Rangoon Lunatic Asylum 1893-1897 - 1893-1897
Year: 1893
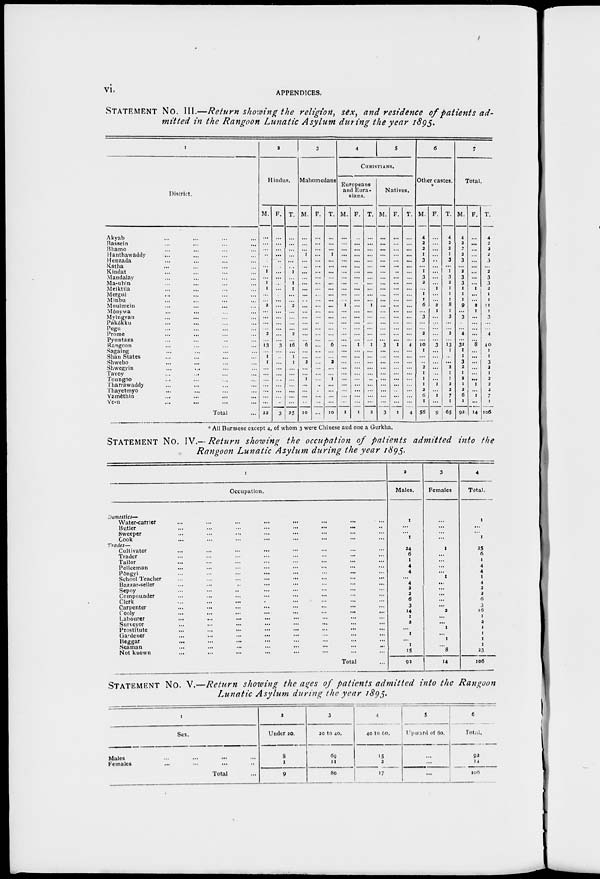
vi.
APPENDICES.
STATEMENT No. III.— Return showing the religion, sex, and residence of patients ad-
mitted in the Rangoon Lunatic Asylum during the year 1895.
1
District.
Akyab ... ... ... ...
Bassein ... ... ... ...
Bhamo ... ... ... ...
Hanthawaddy ... ... ... ...
Henzada ... ... ... ...
Katha ... ... ... ...
Kindat ... ... ... ...
Mandalay ... ... ... ...
Ma-ubin ... ... ... ...
Meiktila ... ... ... ...
Mergni ... ... ... ...
Minbu ... ... ... ...
Moulmein ... ... ... ...
Mônywa ... ... ... ...
Myingyan ... ... ... ...
Pakôkku ... ... ... ...
Pegu ... ... ... ...
Prome ... ... ... ...
Pyuntaza ... ... ... ...
Rangoon ... ... ... ...
Sagaing ... ... ... ...
Shan States ... ... ... ...
Shwebo ... ... ... ...
Shwegyin ... ... ... ...
Tavoy
...
...
...
...
Toungoo ... ... ... ...
Tharrawaddy ... ... ... ...
Thayetmyo ... ... ... ...
Yamèthin ... ... ... ...
Ye-u ... ... ... ...
Total ...
2
Hindus.
M.
...
...
...
...
...
... 1
...
1
1
...
... 2
...
...
...
...
2
...
13
... 1
1
... ...
...
... ...
...
...
22
F.
...
...
...
...
...
... ...
...
...
...
... ...
...
...
...
... ...
...
...
3
...
...
... ...
...
...
...
...
...
...
3
T.
...
...
...
...
...
...
1
...
1
1
...
...
2
...
...
... ...
2
... 16
...
1
1
...
...
...
... ...
...
...
35
3
Mahomedans
M.
...
...
...
1
...
...
...
... ...
...
...
...
... ...
...
...
...
...
... 6
...
...
2
...
... 1
...
... ...
...
10
F.
...
...
...
...
...
...
...
...
...
...
... ...
...
...
...
...
...
...
...
...
...
...
... ...
...
... ...
...
...
...
...
T.
...
...
...
1
...
...
...
...
...
...
...
...
...
...
...
... ...
...
... 6
...
... 2
...
... 1
...
...
...
...
10
4
5
CHRISTIANS.
Europeans
and Eura-
sians.
M.
...
...
... ...
...
...
...
...
...
...
...
... 1
...
... ...
...
... ...
...
...
...
...
...
...
...
...
... ...
...
1
F.
...
...
...
...
...
... ...
...
...
...
... ...
...
...
...
...
...
...
...
1
...
...
... ...
...
... ...
...
...
...
1
T.
...
...
...
... ...
...
...
...
...
... ...
...
1
...
...
... ...
...
...
1
...
... ...
...
...
...
...
...
...
...
2
Natives.
M.
...
...
... ...
...
...
...
...
...
...
... ...
...
...
... ...
...
... ...
3
...
...
...
...
...
...
... ...
...
...
3
F.
...
...
...
...
...
...
... ...
...
...
...
...
... ...
...
...
...
...
...
1
...
... ...
... ...
...
...
... ...
...
1
T.
...
...
...
...
...
...
...
...
...
...
...
...
...
...
...
...
...
...
...
4
... ...
...
...
...
...
... ...
...
...
4
6
Other castes.
*
M.
4
2
2
1
3
...
1
3
2
...
1
1
6
...
3
...
...
2
...
10
1
...
...
2
1
1
1
2
6
1
56
F.
...
...
...
... ...
...
...
...
...
1
...
...
2
1
...
... ...
...
...
3
...
... ...
...
...
...
1
...
1
...
9
T.
4
2
2
1
3
...
1
3
2
1
1
1
8
1
3
...
...
2
...
13
1
...
...
2
1
1
2
2
7
1
65
7
Total.
M.
4
2
2
2
3
...
2
3
3
1
1
1
9
...
3
... ...
4
...
32
1
1
3
2
1
2
1
2
6
1
92
F.
...
...
...
...
...
...
...
...
...
1
...
...
2
1
...
...
...
...
... 8
...
... ...
...
...
...
1
...
1
...
14
T.
4
2
2
2
3
...
2
3
3
2
1
1
11
1
3
...
...
4
...
40
1
1
3
2
1
2
2
2
7
1
106
* All Burmese except 4, of whom 3 were Chinese and one a Gurkha.
STATEMENT No. IV.— Return showing the occupation of patients admitted into the
Rangoon Lunatic Asylum during the year 1895.
1
Occupation.
Domestics—
Water-carrier ... ... ... ... ... ... ... ...
Butler ... ... ... ... ... ... ... ...
Sweeper ... ... ... ... ... ... ... ...
Cook ... ... ... ... ... ... ... ...
Trades—
Cultivator ... ... ... ... ... ... ... ...
Trader ... ... ... ... ... ... ... ...
Tailor ... ... ... ... ... ... ... ...
Policeman ... ... ... ... ... ... ... ...
Pôngyi ... ... ... ... ... ... ... ...
School Teacher ... ... ... ... ... ... ... ...
Bazzar-seller ... ... ... ... ... ... ... ...
Sepoy ... ... ... ... ... ... ... ...
Compounder ... ... ... ... ... ... ... ...
Clerk ... ... ... ... ... ... ... ...
Carpenter ... ... ... ... ... ... ... ...
Cooly
...
...
...
...
...
...
...
...
Labourer ... ... ... ... ... ... ... ...
Surveyor ... ... ... ... ... ... ... ...
Prostitute ... ... ... ... ... ... ... ...
Gardener ... ... ... ... ... ... ... ...
Beggar ... ... ... ... ... ... ... ...
Seaman
...
...
...
...
...
...
...
...
Not known ... ... ... ... ... ... ... ...
Total ...
2
Males.
1
...
...
1
24
6
1
4
4
...
4
2
2
6
3
14
1
2
...
1
...
1
15
92
3
Females.
...
...
...
...
1
...
...
...
...
1
...
...
...
...
...
2
...
...
1
...
1
...
8
14
4
Total.
1
...
...
1
25
6
1
4
4
1
4
2
2
6
3
16
1
2
1
1
1
1
23
106
STATEMENT No. V.—Return showing the ages of patients admitted into the Rangoon
Lunatic Asylum during the year 1895.
1
Sex.
Males ... ... ... ...
Females ... ... ... ...
Total ...
2
Under 20.
8
1
9
3
20 to 40.
69
11
80
4
40 to 60.
15
2
17
5
Upward of 60.
...
...
...
6
Total.
92
14
106